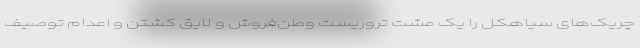
چریک‌های سیاهکل را یک مشت تروریست وطن‌فروش و لایق کشتن و اعدام توصیف